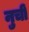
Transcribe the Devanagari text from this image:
नुचीं